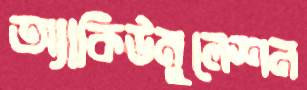
অ্যাকিউমুলেশন